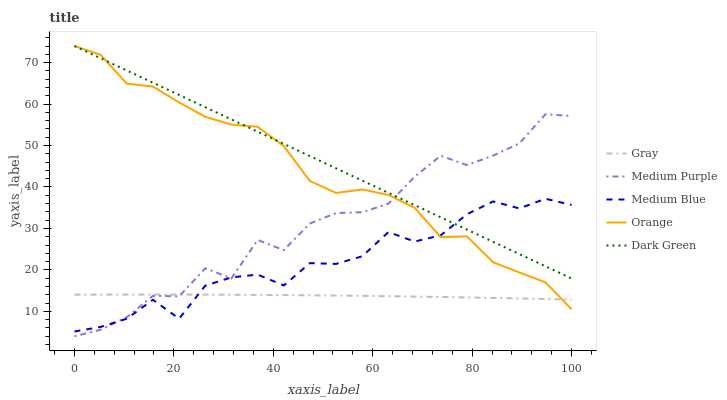
| xaxis_label | Gray | Medium Purple | Medium Blue | Orange | Dark Green |
 | --- | --- | --- | --- | --- | --- |
 | 0 | 14 | 4 | 5.15 | 74 | 74 |
 | 5.26 | 14.1 | 5.56 | 6.25 | 71.9 | 71 |
 | 10.5 | 14.1 | 8.58 | 8.23 | 64.9 | 68.1 |
 | 15.8 | 14.1 | 13.7 | 12.8 | 64.2 | 65.1 |
 | 21.1 | 14.1 | 13.6 | 8.23 | 60.4 | 62.2 |
 | 26.3 | 14 | 20.4 | 16.2 | 56.9 | 59.2 |
 | 31.6 | 14 | 18 | 18.2 | 55 | 56.3 |
 | 36.8 | 14 | 27.2 | 18.9 | 54.5 | 53.3 |
 | 42.1 | 13.9 | 24.8 | 16.2 | 49.9 | 50.4 |
 | 47.4 | 13.9 | 31.2 | 21.6 | 41.4 | 47.4 |
 | 52.6 | 13.8 | 33.7 | 21.5 | 38.6 | 44.5 |
 | 57.9 | 13.7 | 33.9 | 23.3 | 39.4 | 41.5 |
 | 63.2 | 13.7 | 36 | 29.1 | 38.1 | 38.6 |
 | 68.4 | 13.6 | 42.5 | 26.8 | 35 | 35.6 |
 | 73.7 | 13.5 | 47.5 | 28.3 | 27.9 | 32.7 |
 | 78.9 | 13.4 | 45.3 | 33.4 | 28.1 | 29.7 |
 | 84.2 | 13.2 | 47.6 | 36.5 | 21.8 | 26.8 |
 | 89.5 | 13.1 | 50.5 | 34.8 | 19.4 | 23.8 |
 | 94.7 | 13 | 57.5 | 37.2 | 17 | 20.9 |
 | 100 | 12.8 | 57.1 | 35.7 | 10.5 | 17.9 |